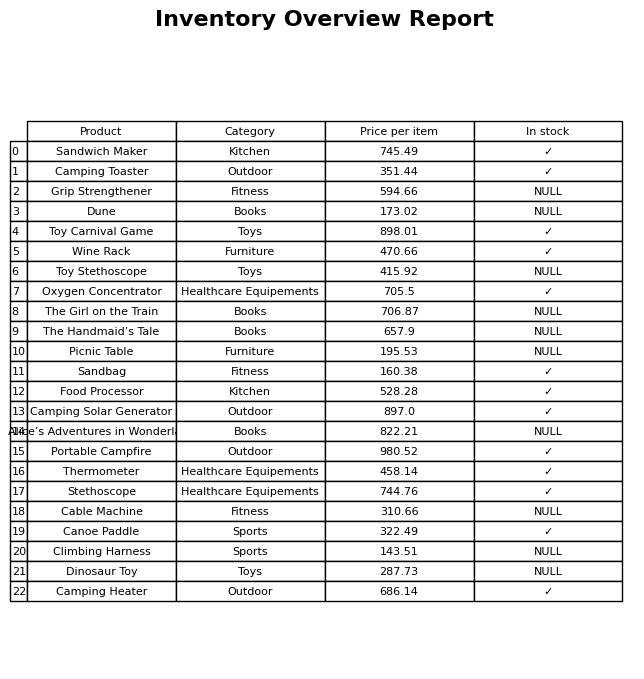
question: Which products are currently out of stock?
answer: Grip Strengthener, Dune, Toy Stethoscope, The Girl on the Train, The Handmaid’s Tale, Picnic Table, Alice’s Adventures in Wonderland, Cable Machine, Climbing Harness, Dinosaur Toy